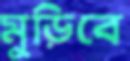
মুড়িবে